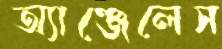
অ্যাঞ্জেলেস